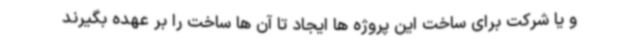
و یا شرکت برای ساخت این پروژه ها ایجاد تا آن ها ساخت را بر عهده بگیرند